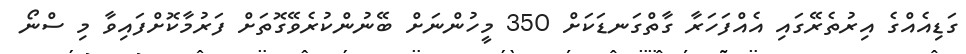
ގަޑިއެއްގެ އިރުތެރޭގައި އެއްފަހަރާ ގާތްގަނޑަކަށް 350 މީހުންނަށް ބޭނުންކުރެވޭގޮތަށް ފަރުމާކޮށްފައިވާ މި ސްނޯ